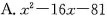
A. $$x^{2}-16x-81$$